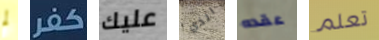
لم كفر عليك الذي عقده تعلم